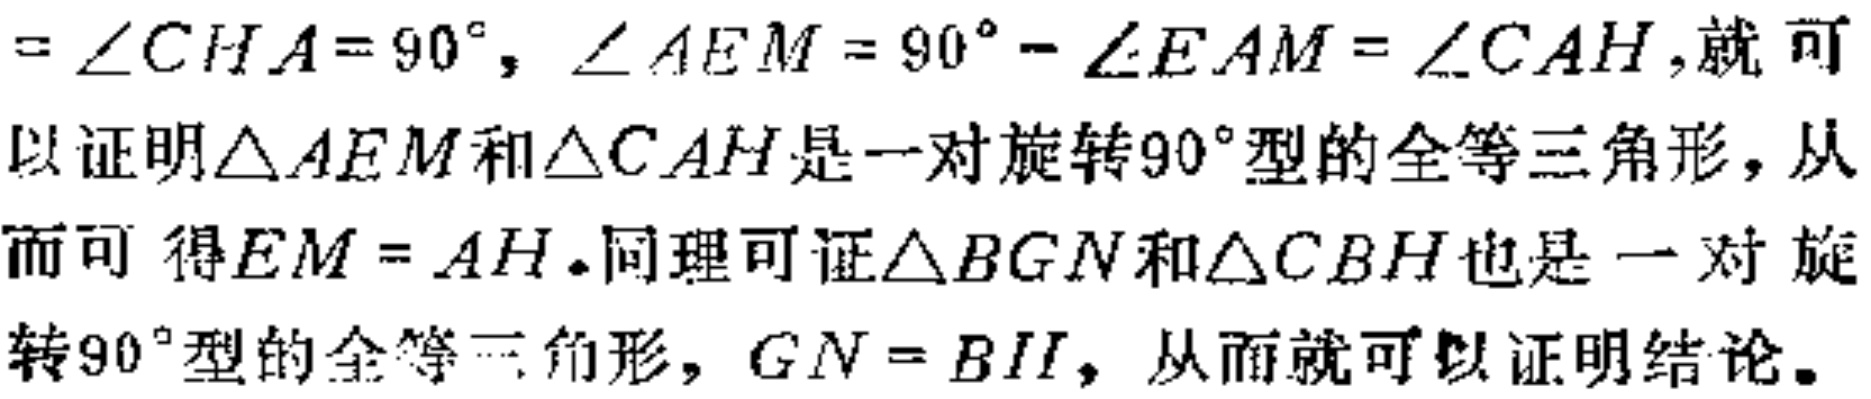
$= \angle CHA = 90^{\circ}, \angle AEM = 90^{\circ} - \angle EAM = \angle CAH,$就可以证明$\triangle AEM$和$\triangle CAH$是一对旋转$90^{\circ}$型的全等三角形，从而可得$EM = AH$. 同理可证$\triangle BGN$和$\triangle CBH$也是一对旋转$90^{\circ}$型的全等三角形，$GN = BH$，从而就可以证明结论。